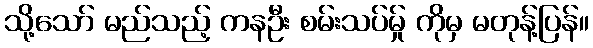
သို့သော် မည်သည့် ကနဦး စမ်းသပ်မ်ှု ကိုမှ မတုန့်ပြန်။